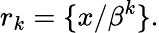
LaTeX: r_{k}=\{ x/\beta^{k}\} .